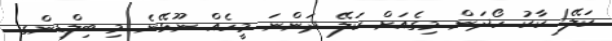
ކަލޭ! ކާކު ހޯދަން މިގެއަށް ކަލޭ ދަންނަ މީހެއް ނޫޅޭނެ މި ބިލްޑިންގ